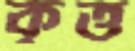
কৃত্ত